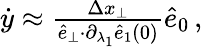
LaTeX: \begin{array}{r}{\dot{y}\approx\frac{\Delta x_{\perp}}{\hat{e}_{\perp}{\cdot}\partial_{\lambda_{1}}\hat{e}_{1}(0)}\hat{e}_{0}\, ,}\end{array}